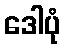
ဒေါပုံ